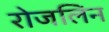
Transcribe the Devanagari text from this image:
रोजलिन